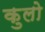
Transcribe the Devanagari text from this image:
कुलो